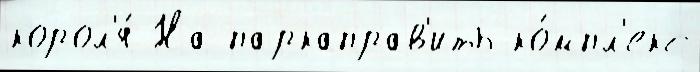
корол'я́ На паркаправ'ить ко́мпл'екс